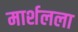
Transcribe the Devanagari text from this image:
मार्शलला